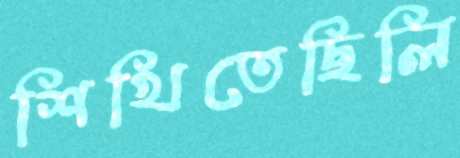
শিখিতেছিলি